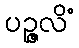
ပဉ္ဇလိံ